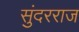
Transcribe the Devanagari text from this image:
सुंदरराज